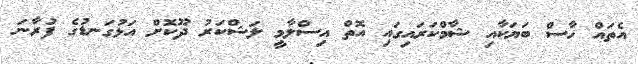
އެތައް ހާސް ބަޔަކާއި ޝާމްކަރައިގައި އޮތް އިސްލާމީ ލަޝްކަރު ދޫކޮށް އަޅުގަނޑުގެ ފުރާނަ